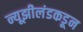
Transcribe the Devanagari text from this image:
न्यूझीलंडकडून